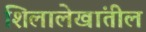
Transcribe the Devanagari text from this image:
शिलालेखांतील